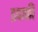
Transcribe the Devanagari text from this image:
इवाकी